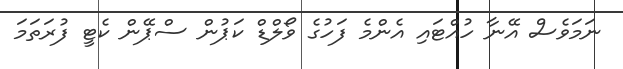
ނަމަވެސް އޭނާ ހުއްޓައި އެންމެ ފަހުގެ ވޯލްޑް ކަޕުން ސްޕޭން ކެޓީ ފުރަތަމަ